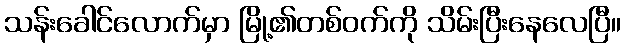
သန်းခေါင်လောက်မှာ မြို့၏တစ်ဝက်ကို သိမ်းပြီးနေလေပြီ။